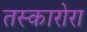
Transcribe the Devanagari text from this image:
तस्कारोरा